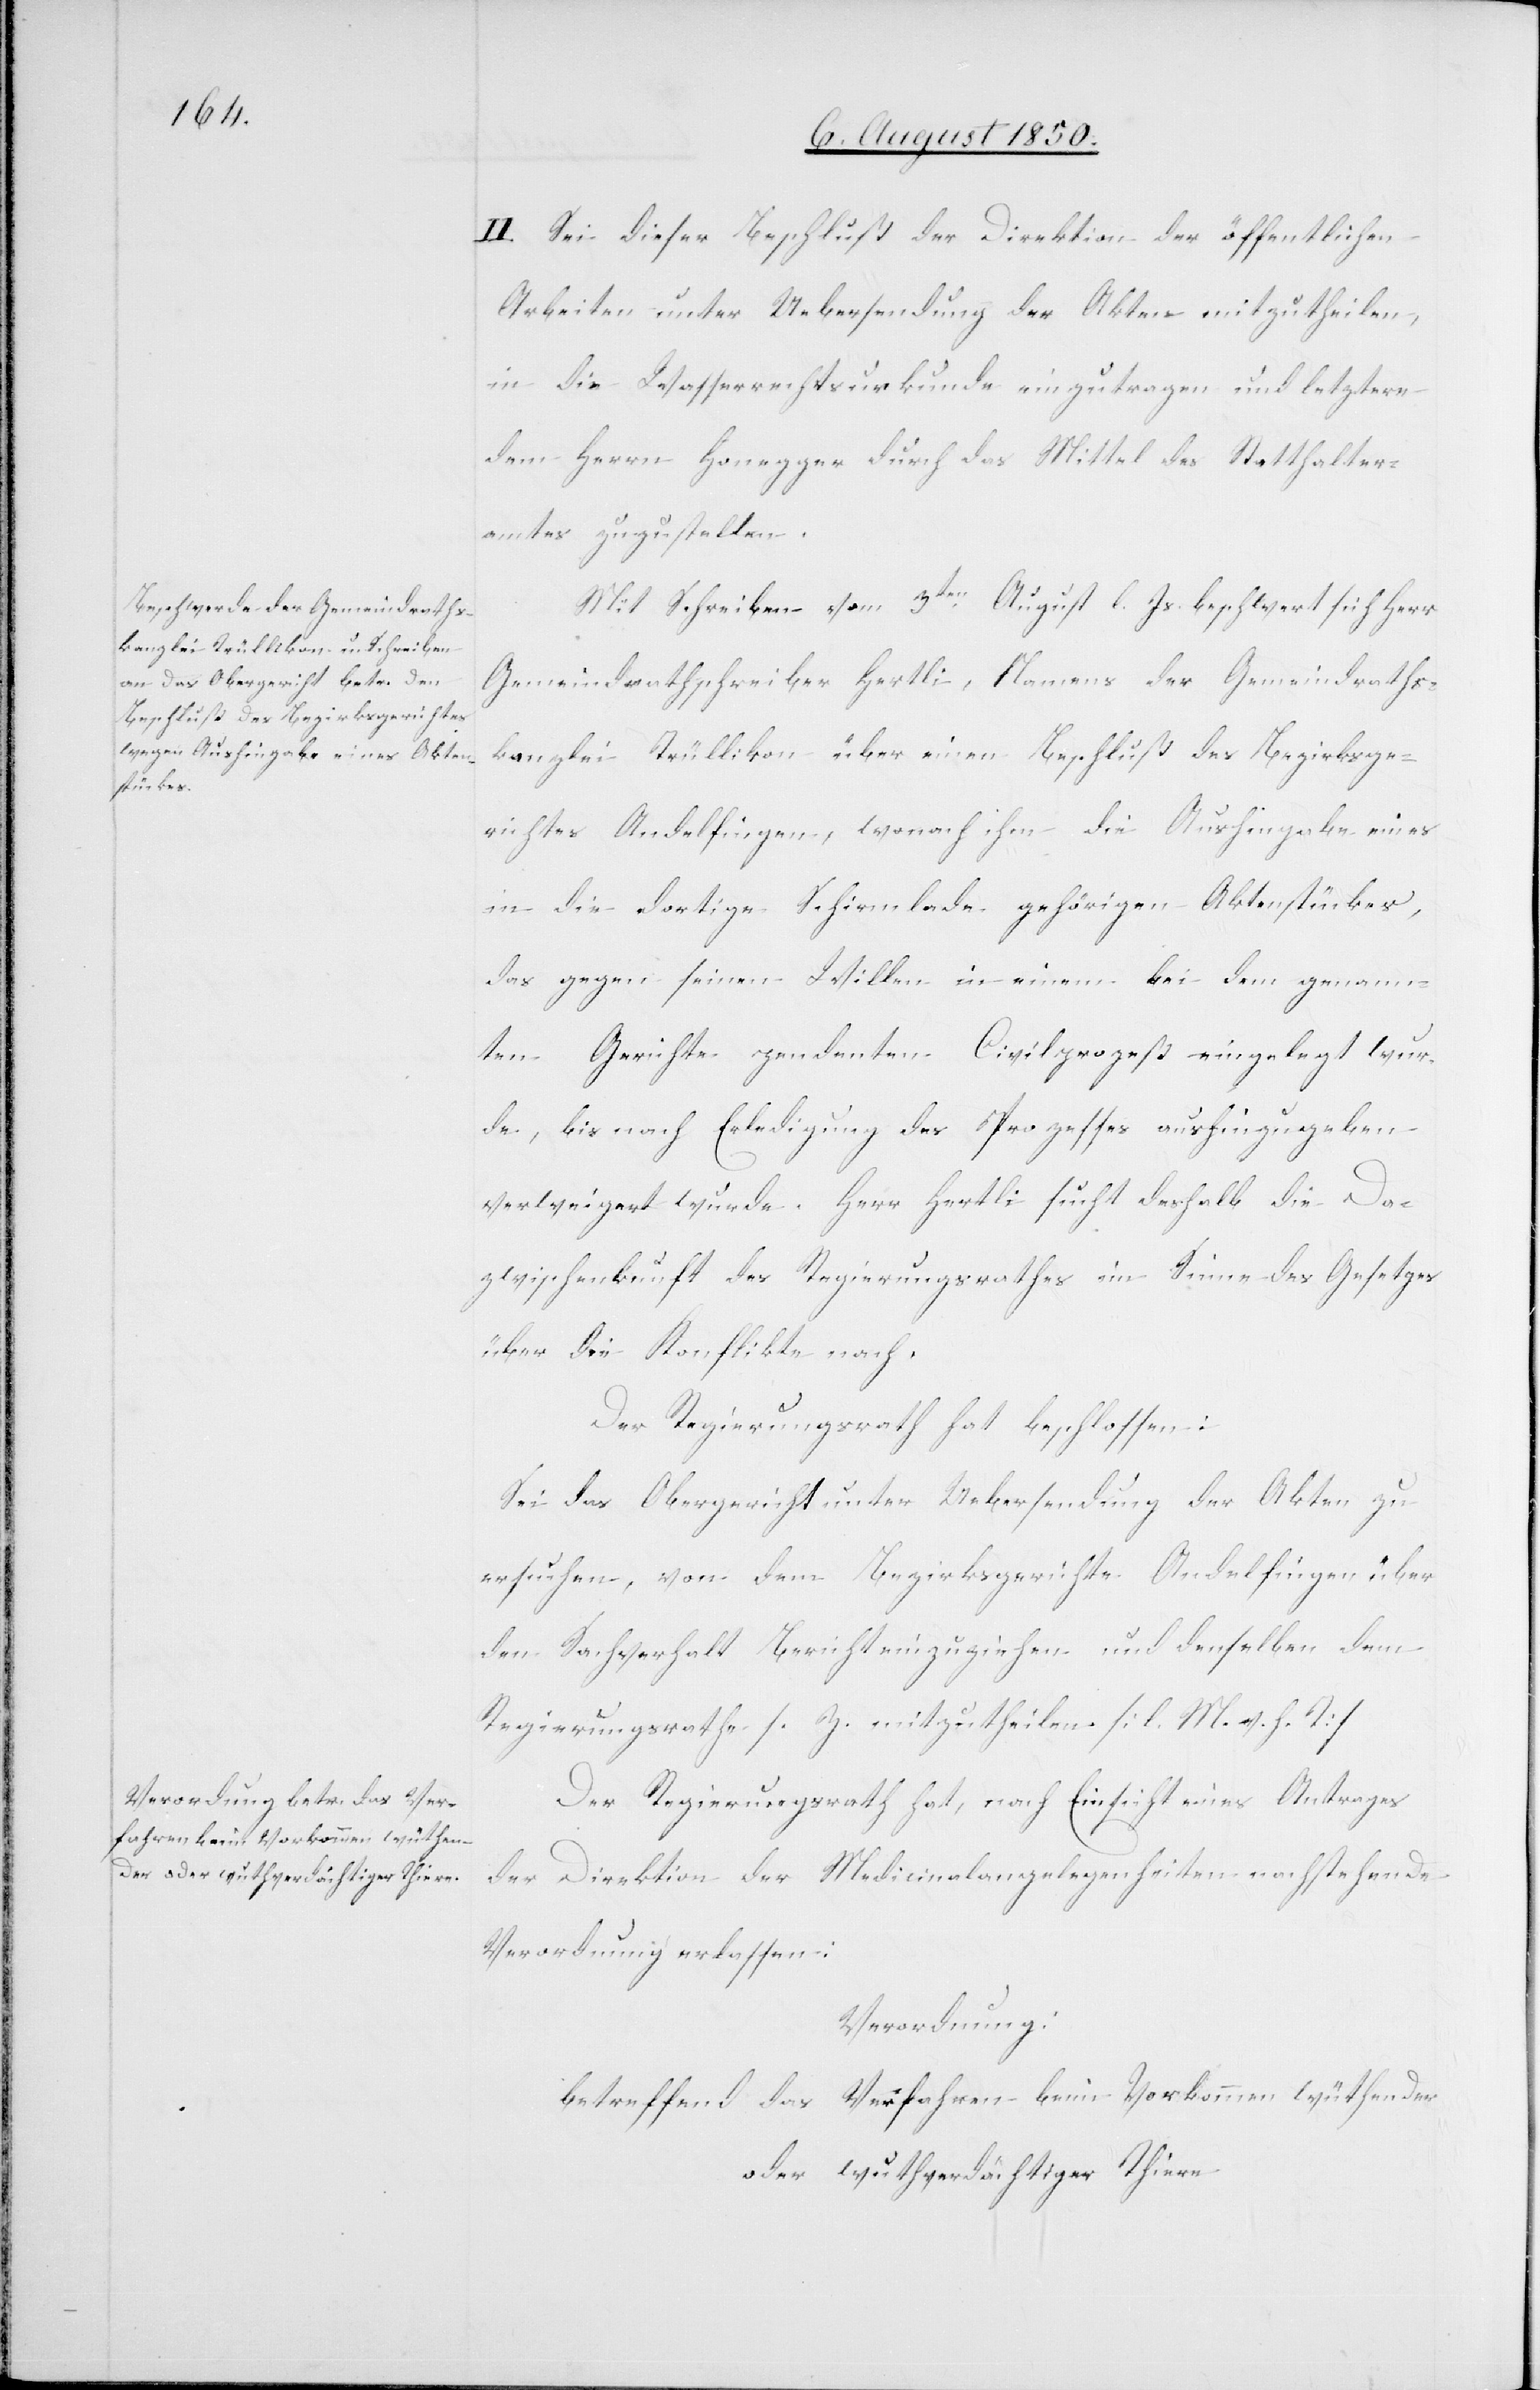
II. Sei dieser Beschluß der Direktion der öffentlichen
Arbeiten unter Uebersendung der Akten mitzutheilen,
in die Wasserrechtsurkunde einzutragen und letztere
dem Herrn Honegger durch das Mittel des Statthalter¬
amtes zuzustellen.
Mit Schreiben vom 3ten August l. Js. beschwert sich Herr
Gemeindrathschreiber Hertli, Namens der Gemeindraths¬
kanzlei Trüllikon über einen Beschluß des Bezirksge¬
richtes Andelfingen, wonach ihm die Aushingabe eines
in die dortige Schirmlade gehörigen Aktenstückes,
das gegen seinen Willen in einem bei dem genann¬
ten Gerichte pendenten Civilprozeß eingelegt wur¬
de, bis nach Erledigung des Prozesses aushinzugeben
verweigert wurde. Herr Hertli sucht deshalb die Da¬
zwischenkunft des Regierungsrathes im Sinne des Gesetzes
über die Konflikte nach.
Der Regierungsrath hat beschlossen:
Sei das Obergericht unter Uebersendung der Akten zu
ersuchen, von dem Bezirksgerichte Andelfingen über
den Sachverhalt Bericht einzuziehen und denselben dem
Regierungsrathe s. Z. mitzutheilen. [l. M. v. h. T]
Der Regierungsrath hat, nach Einsicht eines Antrages
der Direktion der Medicinalangelegenheiten nachstehende
Verordnung erlassen:
Verordnung:
betreffend das Verfahren beim Vorkommen wühtender
oder wuhtverdächtiger Thiere